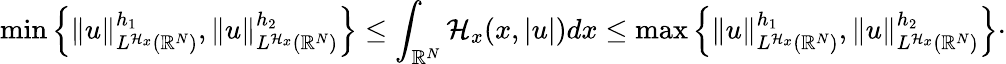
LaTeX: \operatorname*{min}\left\lbrace\| u\| _{L^{\mathcal{H}_{x}}({\mathbb R}^{N})}^{h_{1}},\| u\| _{L^{\mathcal{H}_{x}}({\mathbb R}^{N})}^{h_{2}}\right\rbrace\leq\int_{{\mathbb R}^{N}}\mathcal{H}_{x}(x,|u|)dx\leq\operatorname*{max}\left\lbrace\| u\| _{L^{\mathcal{H}_{x}}({\mathbb R}^{N})}^{h_{1}},\| u\| _{L^{\mathcal{H}_{x}}({\mathbb R}^{N})}^{h_{2}}\right\rbrace\cdot